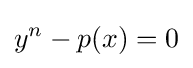
y^{n}-p(x)=0